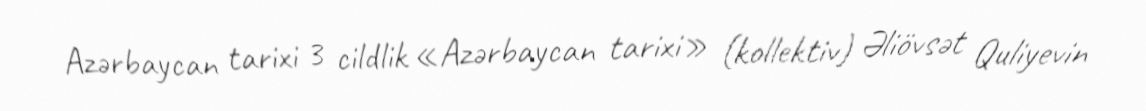
Azərbaycan tarixi 3 cildlik «Azərbaycan tarixi» (kollektiv) Əliövsət Quliyevin